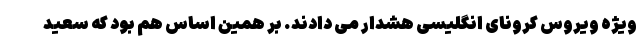
ویژه ویروس کرونای انگلیسی هشدار می دادند. بر همین اساس هم بود که سعید